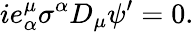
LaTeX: ie_{\alpha}^{\mu}\sigma^{\alpha}D_{\mu}\psi^{\prime}=0.